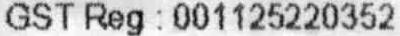
GST REG : 001125220352